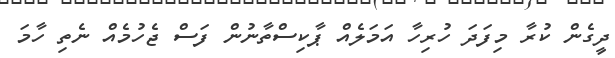
ދީގެން ކުރާ މިފަދަ ހުރިހާ އަމަލެއް ޕާކިސްތާނުން ފަސް ޖެހުމެއް ނެތި ހާމަ